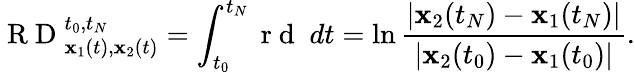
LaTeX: \mathrm{~R~D~}_{{\mathbf x}_{1}(t),{\mathbf x}_{2}(t)}^{t_{0},t_{N}}=\int_{t_{0}}^{t_{N}}\mathrm{~r~d~}\; dt=\ln\frac{|{\mathbf x}_{2}(t_{N})-{\mathbf x}_{1}(t_{N})|}{|{\mathbf x}_{2}(t_{0})-{\mathbf x}_{1}(t_{0})|}.